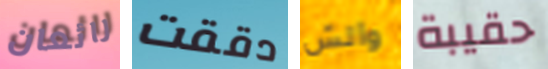
رائعان دققت والش حقيبة